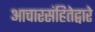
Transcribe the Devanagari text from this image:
आचारसंहितेद्वारे